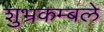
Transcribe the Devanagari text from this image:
शुभ्रकम्बले